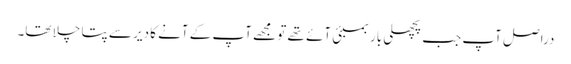
دراصل آپ جب پچھلی بار بمبئی آئے تھے تو مجھے آپ کے آنے کا دیر سے پتا چلا تھا۔